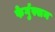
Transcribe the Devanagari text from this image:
फेर्गुस्सन